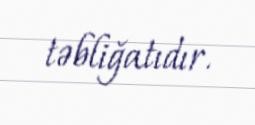
təbliğatıdır.